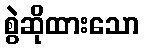
စွဲဆိုထားသော